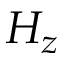
H _ { z }